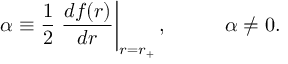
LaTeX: \alpha \equiv { \frac { 1 } { 2 } } \left. { \frac { d f ( r ) } { d r } } \right| _ { r = r _ { + } } , \, \ \ \ \ \ \ \ \ \alpha \neq 0 .